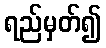
ရည်မှတ်၍